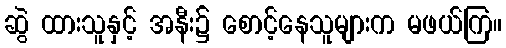
ဆွဲ ထားသူနှင့် အနီး၌ စောင့်နေသူများက မဖယ်ကြ။